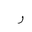
Letter: _ra